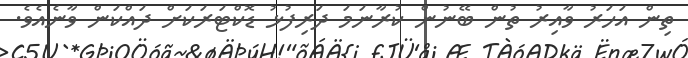
ތިން އަހަރު ވާއިރު ތުން ބޭނުން ކުރާނަމަ ދަރިފުޅު ޑޮކްޓަރަކަށް ދައްކަން ވާނެއެވެ.